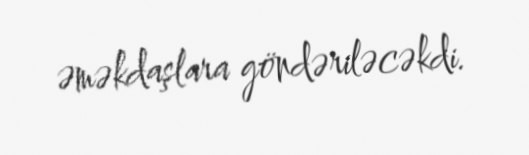
əməkdaşlara göndəriləcəkdi.